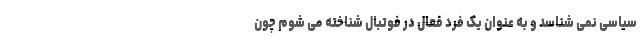
سیاسی نمی شناسد و به عنوان یک فرد فعال در فوتبال شناخته می شوم چون